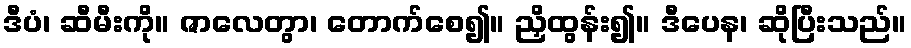
ဒီပံ၊ ဆီမီးကို။ ဇာလေတွာ၊ တောက်စေ၍။ ညှိထွန်း၍။ ဒီပေန၊ ဆိုပြီးသည်။